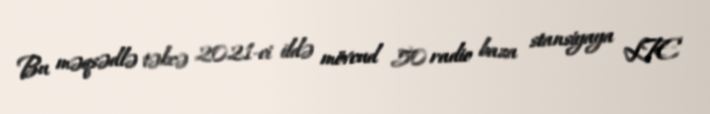
Bu məqsədlə təkcə 2021-ci ildə mövcud 50 radio baza stansiyaya LTE